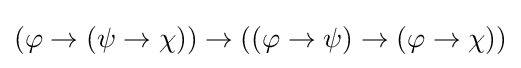
(\varphi \to (\psi \to \chi ))\to ((\varphi \to \psi )\to (\varphi \to \chi ))